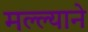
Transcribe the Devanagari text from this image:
मल्ल्याने